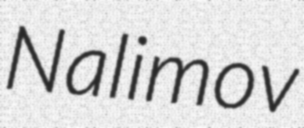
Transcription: Nalimov